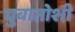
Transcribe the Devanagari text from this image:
चुबातोशी